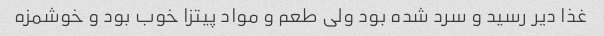
غذا دیر رسید و سرد شده بود ولی طعم و مواد پیتزا خوب بود و خوشمزه